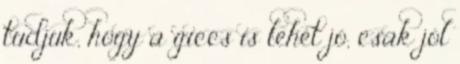
tudjuk, hogy a giccs is lehet jó, csak jól